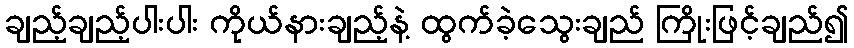
ချည့်ချည့်ပါးပါး ကိုယ်နားချည့်နဲ့ ထွက်ခဲ့သွေးချည် ကြိုးဖြင့်ချည်၍